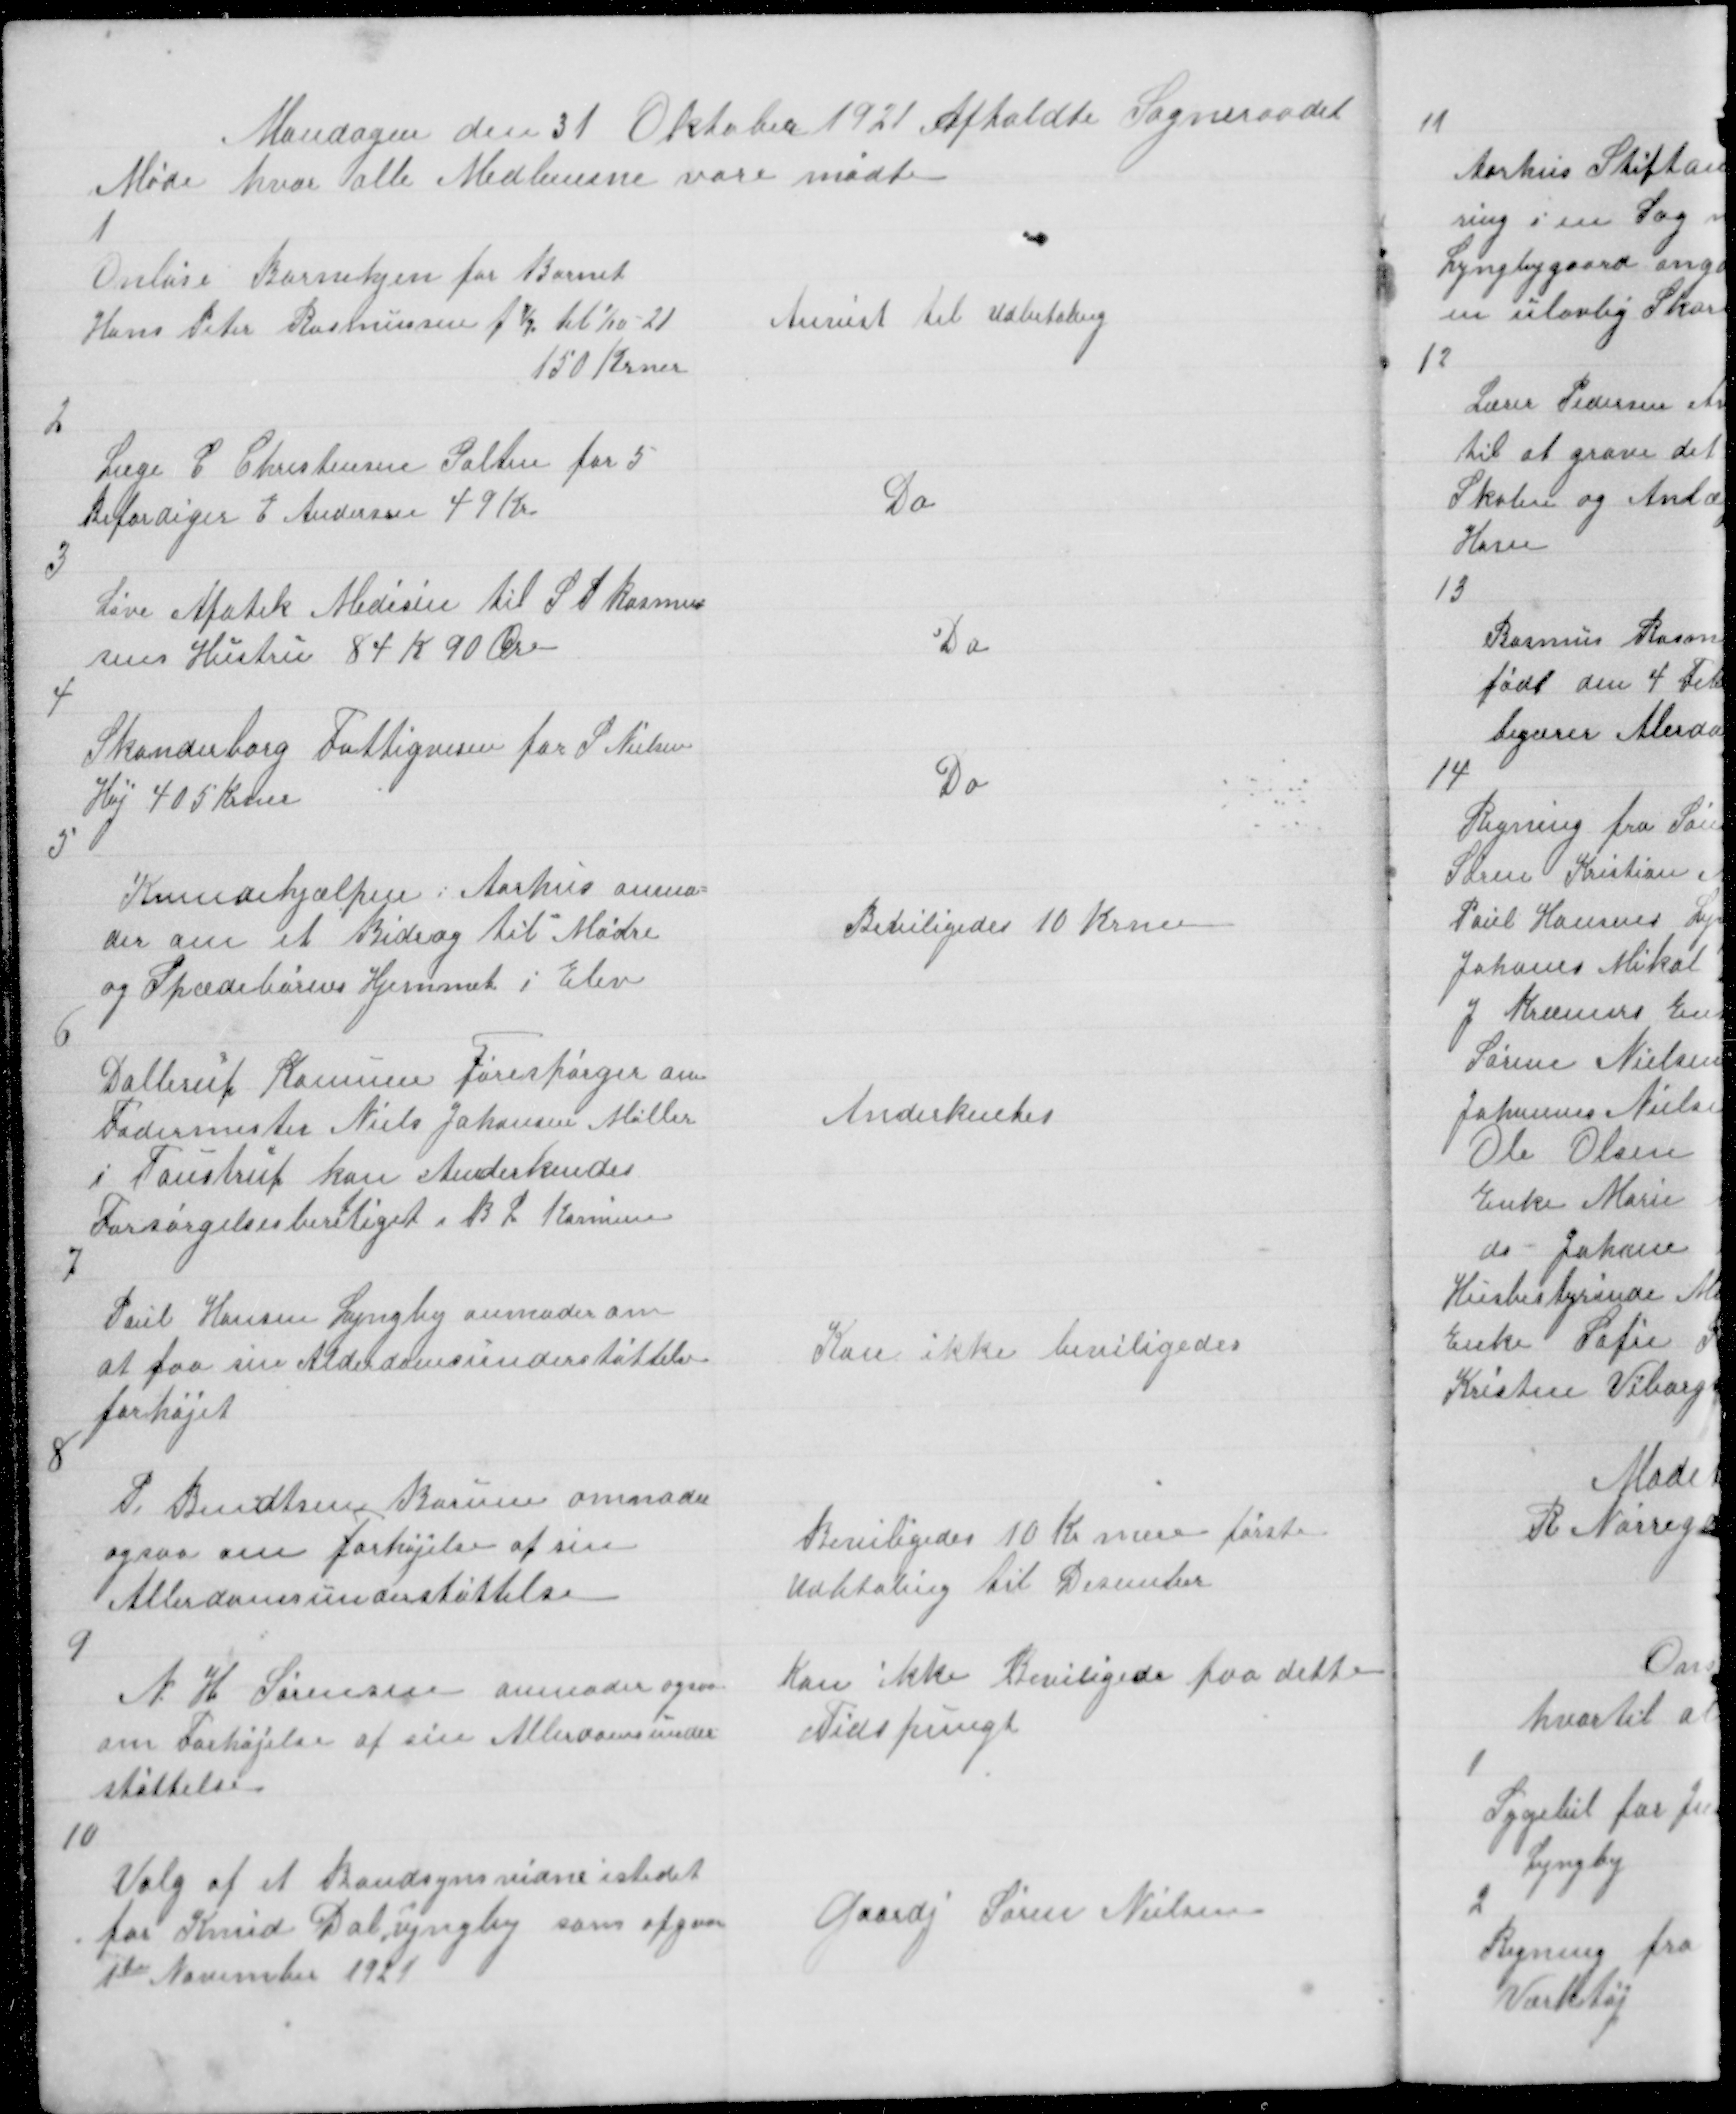
Transskription:
Mandagen den 31 Oktober 1921 Afholdte Sogneraadet
Møde hvor alle Medlemene vare mødte

1

Onløse Børnehjem for Barnet
Hans Peter Rasmussen f ½ til 1/10 -21
150 Krner

Anvist til Udbetaling

2

Læge C Christensen Galten for 5
Befordiger E Andersen 49 Kr

Do

3

Løve Apotek Medisin til A P Rasmus
sens Hustru 84 K 90 Øre

Do

4

Skanderborg Fattigvesen for S Nielsen
Høj 405 Krner

Do

5

Kvindehjælpere i Aarhus anmo =
der om et Bidrag til Mødre
og Spædebørnes Hjemmet i Elev

Beviligedes 10 Krner

6

Dallerup Komune Forespørger om
Fodermester Niels Johansen Møller
I Toustrup kan Anderkendes
Forsørgelsesberetiget i B L Komune

Anderkentes

7

Poul Hansen Lyngby anmoder om
at faa sin Alderdomsunderstøttelse
forhøjet

Kan ikke beviligedes

8

P. Bendtsen Borum anmoder
ogsaa om Forhøjelse af sin
Allerdomsunderstøttelse

Beviligedes 10 Kr mere første
Udbtaling til Desember

9

N H Sørensen anmoder ogsaa
om Forhøjelse af sin Allerdomsunder
støttelse

Kan ikke Beviligedes paa dette
Tidspungt

10

Valg af Brandsynsvidne istedet
for Knud Dal Lyngby som afgaar
1te November 1921

Gaardj Søren Nielsen